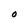
Character: O